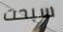
سبحت